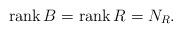
LaTeX: \begin{align*}\operatorname{rank}B=\operatorname{rank}R=N_{R}. \end{align*}